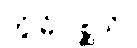
တွံ မံ ဂစ္ဆသိ။